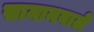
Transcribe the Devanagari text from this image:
सामानवाले